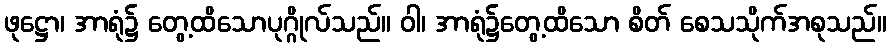
ဖုဋ္ဌော၊ အာရုံ၌ တွေ့ထိသောပုဂ္ဂိုလ်သည်။ ဝါ၊ အာရုံ၌တွေ့ထိသော စိတ် စေသသိုက်အစုသည်။